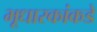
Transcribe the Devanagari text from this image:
भूधारकांकडे